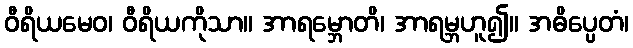
ဝီရိယမေဝ၊ ဝီရိယကိုသာ။ အာရမ္ဘောတိ၊ အာရမ္ဘဟူ၍။ အဓိပ္ပေတံ၊